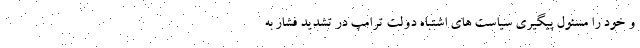
و خود را مسئول پیگیری سیاست های اشتباه دولت ترامپ در تشدید فشار به